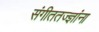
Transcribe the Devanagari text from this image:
संगीततज्ज्ञांना